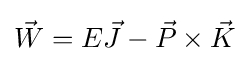
{\vec {W}}=E{\vec {J}}-{\vec {P}}\times {\vec {K}}